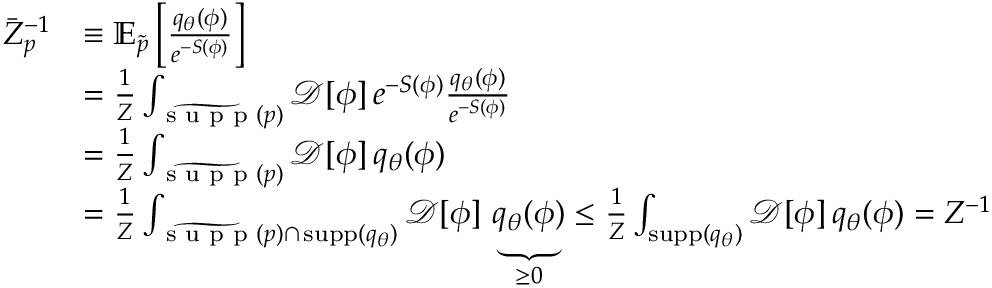
\begin{array} { r l } { \bar { Z } _ { p } ^ { - 1 } } & { \equiv \mathbb { E } _ { \widetilde { p } } \left[ \frac { q _ { \theta } ( \phi ) } { e ^ { - S ( \phi ) } } \right] } \\ & { = \frac { 1 } { Z } \int _ { \widetilde { \textrm { s u p p } } ( p ) } \mathcal { D } [ \phi ] \, e ^ { - S ( \phi ) } \frac { q _ { \theta } ( \phi ) } { e ^ { - S ( \phi ) } } } \\ & { = \frac { 1 } { Z } \int _ { \widetilde { \textrm { s u p p } } ( p ) } \mathcal { D } [ \phi ] \, q _ { \theta } ( \phi ) } \\ & { = \frac { 1 } { Z } \int _ { \widetilde { \textrm { s u p p } } ( p ) \cap \, { \mathrm { s u p p } } ( q _ { \theta } ) } \mathcal { D } [ \phi ] \, \underbrace { q _ { \theta } ( \phi ) } _ { \geq 0 } \leq \frac { 1 } { Z } \int _ { { \mathrm { s u p p } } ( q _ { \theta } ) } \mathcal { D } [ \phi ] \, q _ { \theta } ( \phi ) = Z ^ { - 1 } } \end{array}